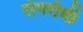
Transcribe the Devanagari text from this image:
रोगरोधी